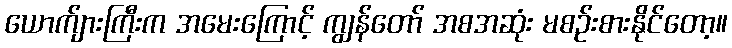
ယောက်ျားကြီးက အမေးကြောင့် ကျွန်တော် အစအဆုံး မစဉ်းစားနိုင်တော့။